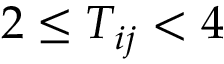
2 \leq T _ { i j } < 4